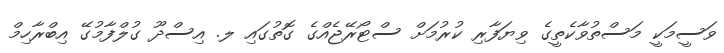
ވަސީމަކީ މަސްތުވާކެތީގެ ވިޔަފާރި ކުރުމަށް ސްޓޯރޭޖެއްގެ ގޮތުގައި ލ. އިސްދޫ ގުލްފާމުގޭ އިބްރާހިމް